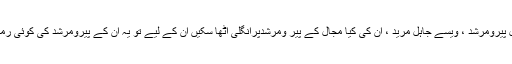
جیسے جاہل پیرومرشد ، ویسے جاہل مرید ، ان کی کیا مجال کے پیر ومرشدپرانگلی اٹھا سکیں ان کے لیے تو یہ ان کے پیرومرشد کی کوئی رمز ہوتی ہے۔